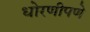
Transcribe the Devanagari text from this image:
धोरणीपणे